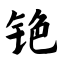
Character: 铯